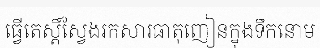
ធ្វើតេស្តិ៍ស្វែងរកសារធាតុញៀនក្នុងទឹកនោម